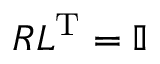
R L ^ { \mathrm { T } } = \mathbb { I }